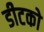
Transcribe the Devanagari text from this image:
डीटको